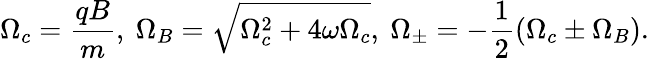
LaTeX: \Omega_{c}=\frac{qB}{m},\ \Omega_{B}=\sqrt{\Omega_{c}^{2}+4\omega\Omega_{c}},\ \Omega_{\pm}=-\frac{1}{2}(\Omega_{c}\pm\Omega_{B}).